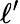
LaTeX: \ell^{\prime}